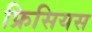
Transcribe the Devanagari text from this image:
फ्रिसियस